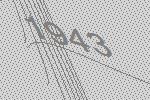
1943